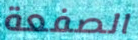
الصفعة